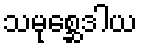
သမုစ္ဆေဒါယ